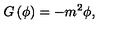
G \left( \phi \right) = - m ^ { 2 } \phi ,